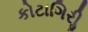
કોટાગિરીૢ